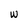
Character: w